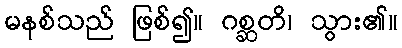
မနစ်သည် ဖြစ်၍။ ဂစ္ဆတိ၊ သွား၏။